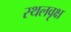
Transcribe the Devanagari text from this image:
स्थलवृक्ष